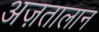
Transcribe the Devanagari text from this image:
अज़तालान